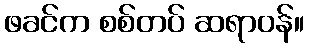
ဖခင်က စစ်တပ် ဆရာဝန်။